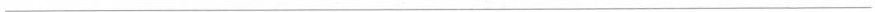
___